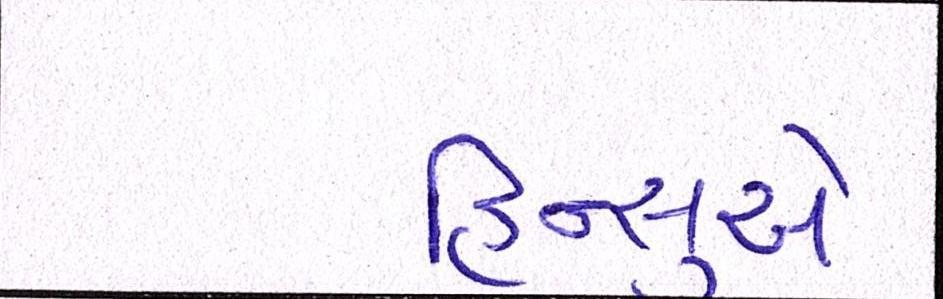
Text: હિન્સુએ